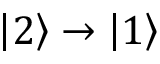
\ensuremath { \left| 2 \right\rangle } \rightarrow \ensuremath { \left| 1 \right\rangle }